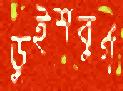
ডুইশবুর্গ